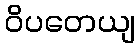
ဝိပတေယျ